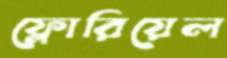
ফ্লোরিয়েল